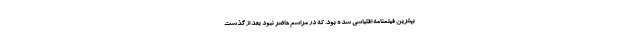
بهترین فیلمنامه اقتباسی شده بود. که در مراسم حاضر نبود بعد از گذشت